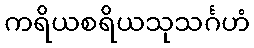
ကရိယစရိယသုသင်္ဂဟံ